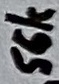
Text: 56k